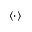
\langle \cdot \rangle